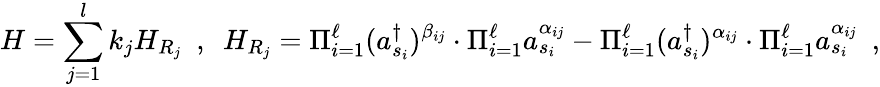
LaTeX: H=\sum_{j=1}^{l}k_{j}H_{R_{j}}~~,~~H_{R_{j}}=\Pi_{i=1}^{\ell}(a_{s_{i}}^{\dagger})^{\beta_{ij}}\cdot\Pi_{i=1}^{\ell}a_{s_{i}}^{\alpha_{ij}}-\Pi_{i=1}^{\ell}(a_{s_{i}}^{\dagger})^{\alpha_{ij}}\cdot\Pi_{i=1}^{\ell}a_{s_{i}}^{\alpha_{ij}}~~,